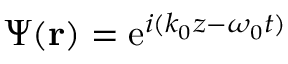
\Psi ( { \bf r } ) = \mathrm { e } ^ { i ( k _ { 0 } z - \omega _ { 0 } t ) }